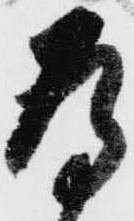
為